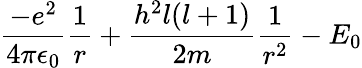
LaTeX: {\frac{-e^{2}}{4\pi\epsilon_{0}}}{\frac{1}{r}}+{\frac{h^{2}l(l+1)}{2m}}{\frac{1}{r^{2}}}-E_{0}